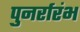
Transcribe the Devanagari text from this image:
पुनर्रारंभ